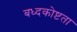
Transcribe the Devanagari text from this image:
बध्दकोष्टता